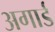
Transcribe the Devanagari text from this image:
अगार्ड